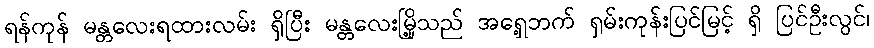
ရန်ကုန် မန္တလေးရထားလမ်း ရှိပြီး မန္တလေးမြို့သည် အရှေ့ဘက် ရှမ်းကုန်းပြင်မြင့် ရှိ ပြင်ဦးလွင်၊